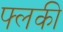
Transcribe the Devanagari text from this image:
फ्लकी